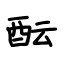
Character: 酝